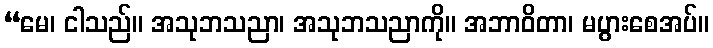
“မေ၊ ငါသည်။ အသုဘသညာ၊ အသုဘသညာကို။ အဘာဝိတာ၊ မပွားစေအပ်။